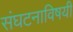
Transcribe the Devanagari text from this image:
संघटनाविषयी